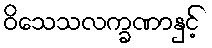
ဝိသေသလက္ခဏာနှင့်